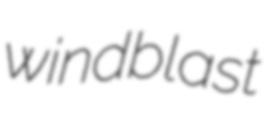
windblast